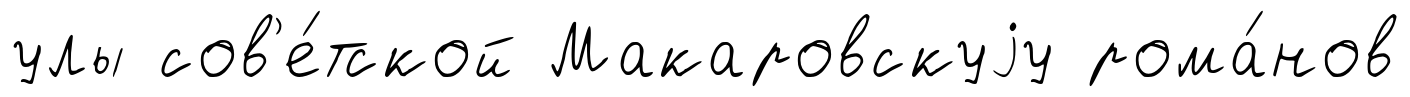
улы сов'е́тской Макаровскуjу рома́нов